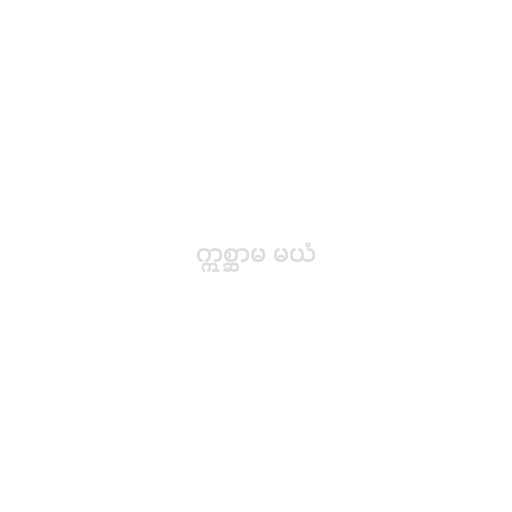
ဣစ္ဆာမ မယံ